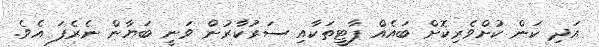
އަދި ކަން ކުށްވެރިކޮށް ބައެއް ޕާޓީތަކާއި ސަރުކާރުން ވަނީ ބަޔާން ނެރެފަ އެވެ.